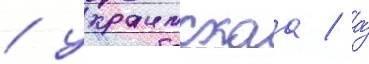
/ украинскаа / а́